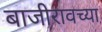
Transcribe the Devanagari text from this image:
बाजीरावच्या